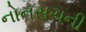
નોનસચની